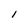
Character: l